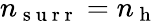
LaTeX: n_{\mathrm{~s~u~r~r~}}=n_{\mathrm{~h~}}